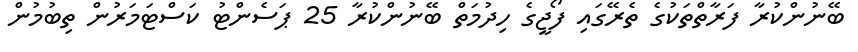
ބޭނުންކުރާ ފަރާތްތަކުގެ ތެރޭގައި ފޯޖީގެ ހިދުމަތް ބޭނުންކުރާ 25 ޕަސެންޓު ކަސްޓަމަރުން ތިބުމުން